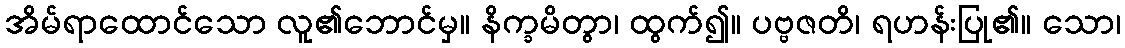
အိမ်ရာထောင်သော လူ၏ဘောင်မှ။ နိက္ခမိတွာ၊ ထွက်၍။ ပဗ္ဗဇတိ၊ ရဟန်းပြု၏။ သော၊